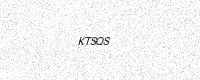
Text: KTSQS